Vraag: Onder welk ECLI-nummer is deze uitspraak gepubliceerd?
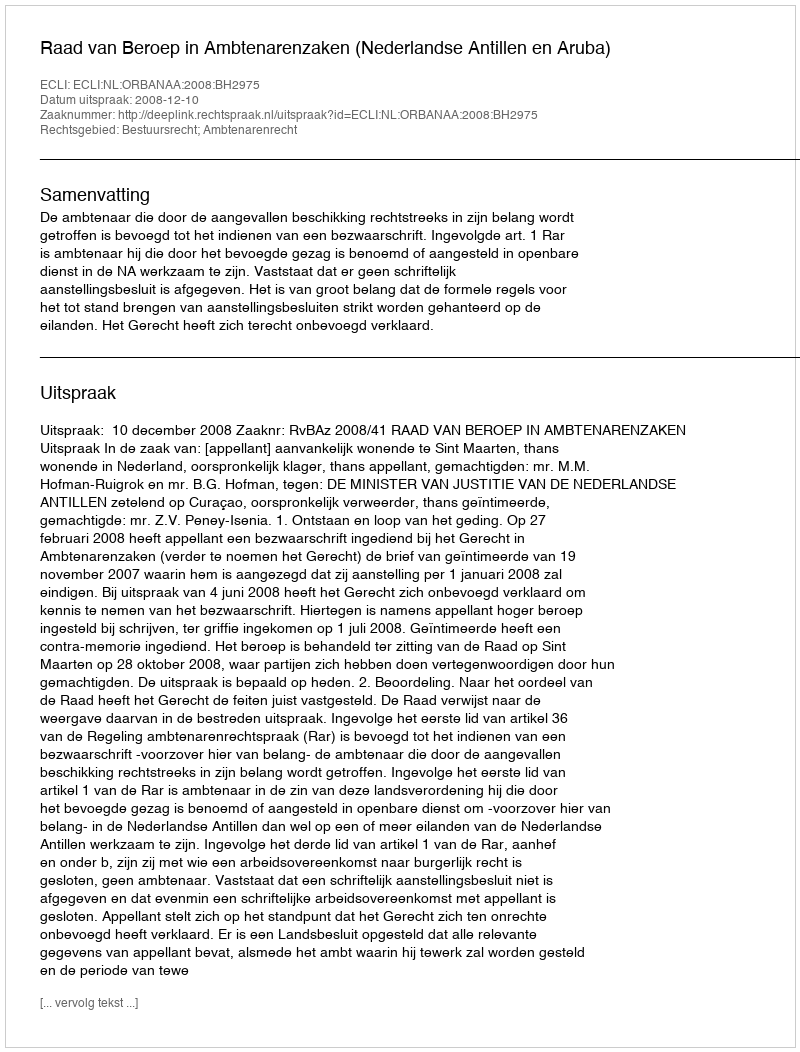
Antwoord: ECLI:NL:ORBANAA:2008:BH2975